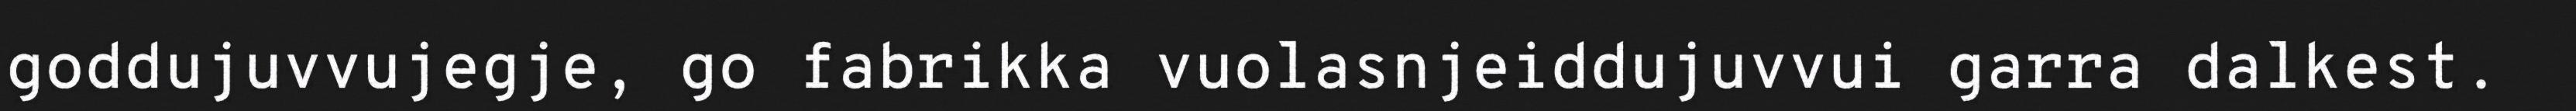
goddujuvvujegje, go fabrikka vuolasnjeiddujuvvui garra dalkest.